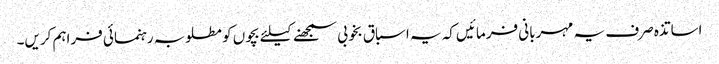
اساتذہ صرف یہ مہربانی فرمائیں کہ یہ اسباق بخوبی سمجھنے کیلئے بچوں کو مطلوبہ رہنمائی فراہم کریں۔